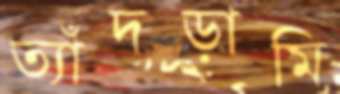
ত্যাঁদড়ামি